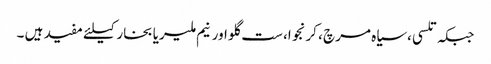
جبکہ تلسی ،سیاہ مرچ ، کرنجوا، ست گلو اورنیم ملیریا بخار کیلئے مفید ہیں ۔